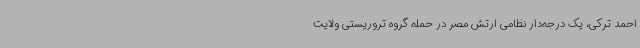
احمد ترکی، یک درجه‌دار نظامی ارتش مصر در حمله گروه تروریستی ولایت